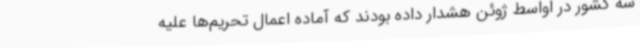
سه کشور در اواسط ژوئن هشدار داده بودند که آماده اعمال تحریم‌ها علیه